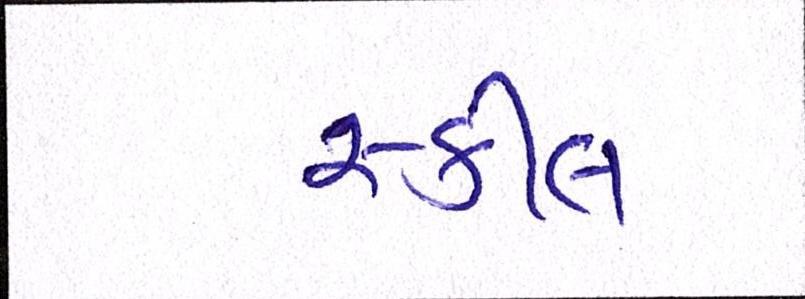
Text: સ્કીલ